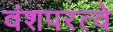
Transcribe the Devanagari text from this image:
वंशपरत्वे